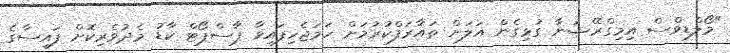
"މޯލްޑިވްސް އިމިގްރޭޝަނާ ގުޅިގެން އަލަށް ތައާރަފްކުރުމަށް ހަމަޖެހިފައިވާ ޕާސްޕޯޓް ކާޑު މެދުވެރިކޮށް ފައިސާގެ